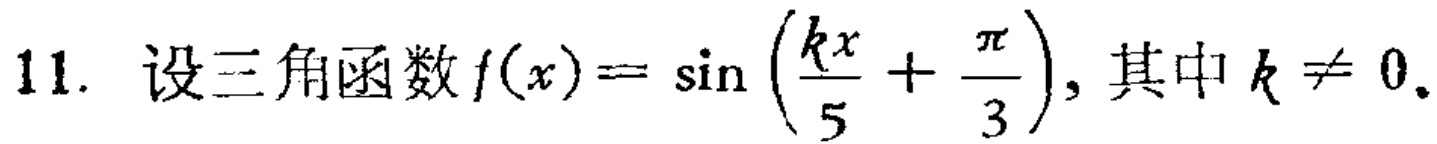
11. 设三角函数\(f(x)= \sin \left(\frac{kx}{5}+\frac{\pi}{3}\right)\), 其中\(k \neq 0\).